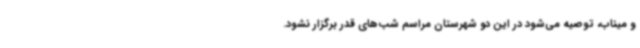
و میناب، توصیه می‌شود در این دو شهرستان مراسم شب‌های قدر برگزار نشود.